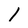
Character: l